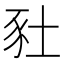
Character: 䝅